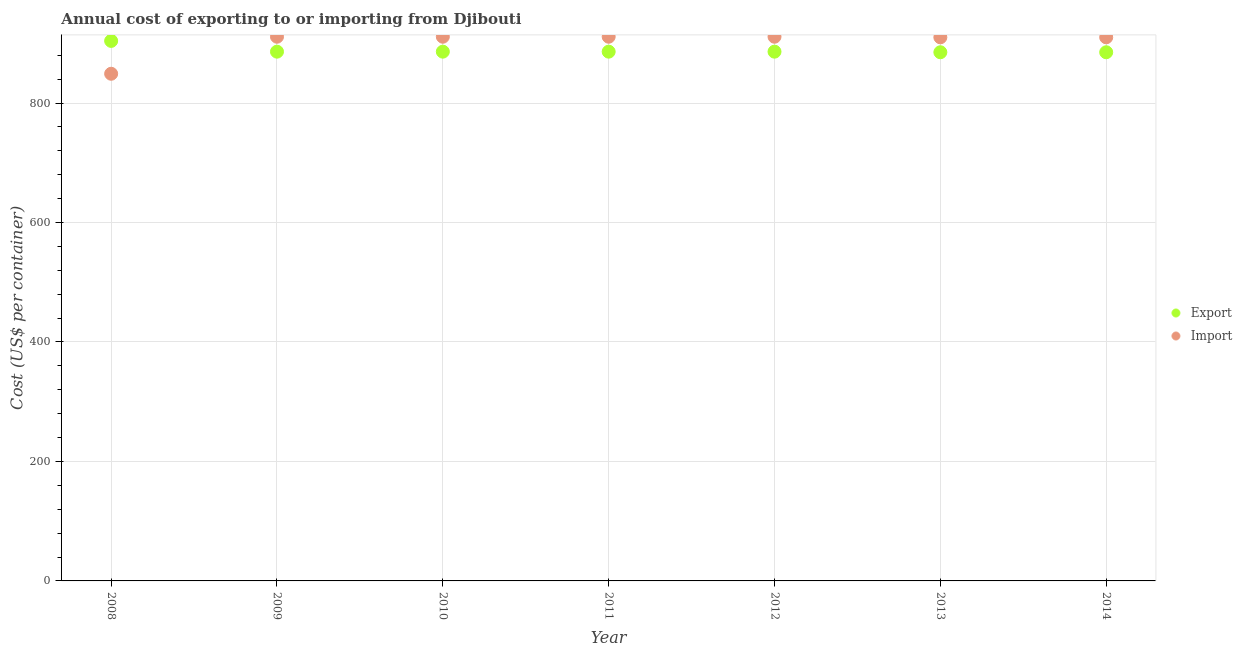
| Year | Export | Import |
 | --- | --- | --- |
 | 2008 | 904 | 849 |
 | 2009 | 886 | 911 |
 | 2010 | 886 | 911 |
 | 2011 | 886 | 911 |
 | 2012 | 886 | 911 |
 | 2013 | 885 | 910 |
 | 2014 | 885 | 910 |